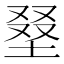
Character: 𡌭